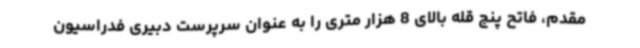
مقدم، فاتح پنج قله بالای 8 هزار متری را به عنوان سرپرست دبیری فدراسیون